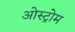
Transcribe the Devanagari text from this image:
ओस्ट्रोम